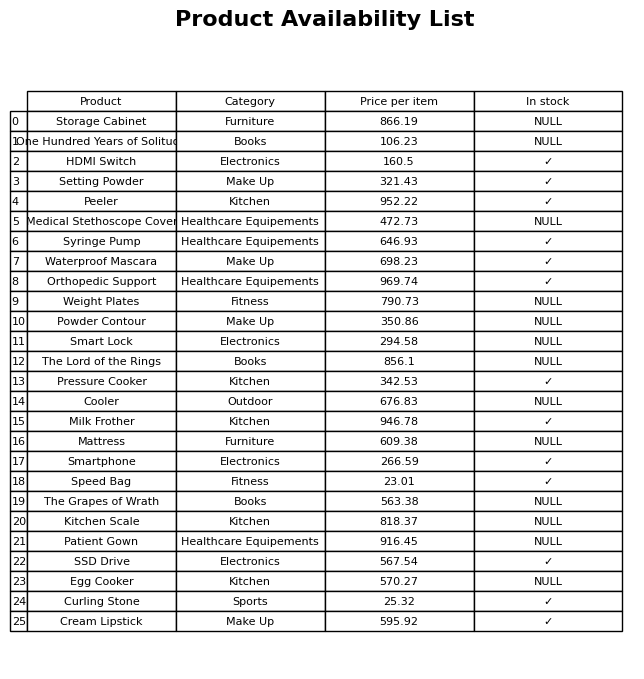
question: Is the Weight Plates in stock?
answer: NULL